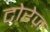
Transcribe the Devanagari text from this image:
टोरेज़